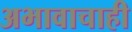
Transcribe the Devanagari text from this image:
अभावाचाही